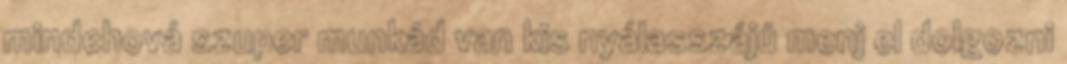
mindehová szuper munkád van kis nyálasszájú menj el dolgozni